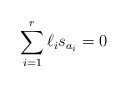
\begin{align*}\sum_{i=1}^{r}\ell_i s_{a_i}=0\end{align*}